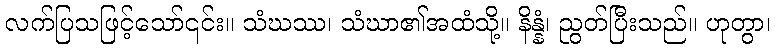
လက်ပြသဖြင့်သော်၎င်း။ သံဃဿ၊ သံဃာ၏အထံသို့။ နိန္နံ၊ ညွတ်ပြီးသည်။ ဟုတွာ၊